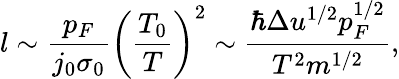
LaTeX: l\sim\frac{p_{F}}{j_{0}\sigma_{0}}\left(\frac{T_{0}}{T}\right)^{2}\sim\frac{\hbar\Delta u^{1/2}p_{F}^{1/2}}{T^{2}m^{1/2}},